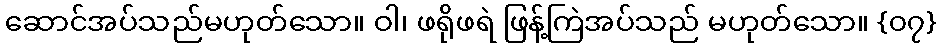
ဆောင်အပ်သည်မဟုတ်သော။ ဝါ၊ ဖရိုဖရဲ ဖြန့်ကြဲအပ်သည် မဟုတ်သော။ {၀၇}